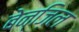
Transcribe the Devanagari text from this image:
बेन्ज़िल